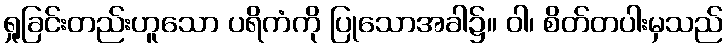
ရှုခြင်းတည်းဟူသော ပရိကံကို ပြုသောအခါ၌။ ဝါ၊ စိတ်တပါးမှသည်